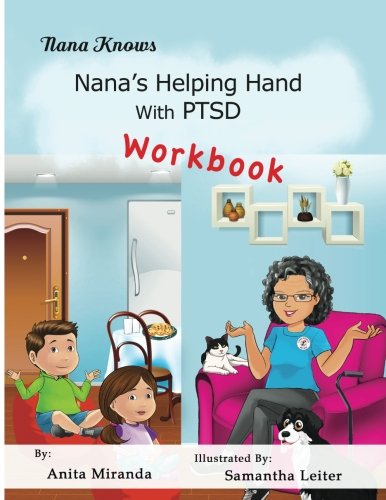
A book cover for Nana's Helping Hand With PTSD Workbook: Family Healing PTSD, Abuse, Stress Series (Nana Knows) (Volume 1); Anita Miranda; Parenting & Relationships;